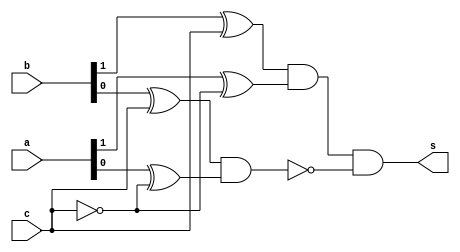
// ------------------------- 
// Exemplo0037 - F4 
// Nome: Pedro Henrique Vilar Locatelli 
// ------------------------- 
// ------------------------- 
// f4_gate 
// ------------------------- 
module f4 (output s, 
input [1:0] a, 
input [1:0] b, 
input c); 

wire w1,w2,w3,w4,w5,w6;

xor xor1 (w1, b[1], c);
xor xor2 (w2, a[1], ~c);
xor xor3 (w3, b[0], c);
xor xor4 (w4, a[0], ~c);
and and1 (w5, w1, w2);
and and2 (w6, w3, w4);
and and3 (s, w5, ~w6);

endmodule // f4 
module test_f4; 
// ------------------------- definir dados 
reg w; 
reg [1:0] x; 
reg [1:0] y; 
wire z; 
f4 modulo (z, x, y, w); 
// ------------------------- parte principal 
initial begin 
$display("Exemplo0037 - Pedro Henrique Vilar Locatelli - 427453"); 
$display("Test LU's module"); 
$display("0-menor 1-maior"); 
$display(" a   b    op  result"); 
x = 2'b11; y = 2'b01; w = 2'b0;
// projetar testes do modulo 
#1 $display("%3b %3b %3b %3b",x,y,w,z); 
 w = 2'b1;
#1 $display("%3b %3b %3b %3b",x,y,w,z); 
end 
endmodule // test_f4